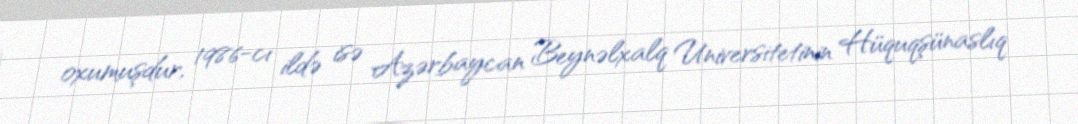
oxumuşdur, 1986-cı ildə isə Azərbaycan Beynəlxalq Universitetinin Hüquqşünaslıq